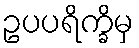
ဥပပရိက္ခိမှ